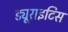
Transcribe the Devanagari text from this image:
ड्यूराइटिस